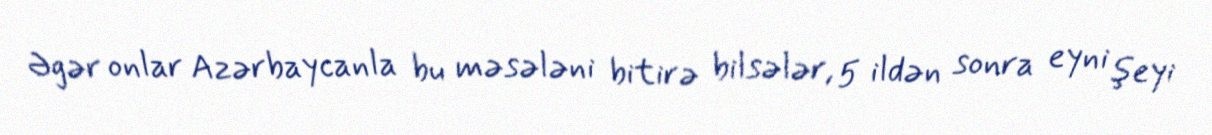
Əgər onlar Azərbaycanla bu məsələni bitirə bilsələr, 5 ildən sonra eyni şeyi